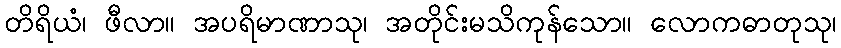
တိရိယံ၊ ဖီလာ။ အပရိမာဏာသု၊ အတိုင်းမသိကုန်သော။ လောကဓာတုသု၊